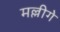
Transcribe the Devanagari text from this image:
मल्लीगे